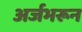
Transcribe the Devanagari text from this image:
अर्जभरून